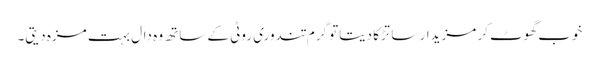
خوب گھوٹ کر مزیدار سا تڑکا دیتاتو گرم تندوری روٹی کے ساتھ وہ دال بہت مزہ دیتی۔